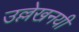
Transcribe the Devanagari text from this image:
उल्लेखनयी